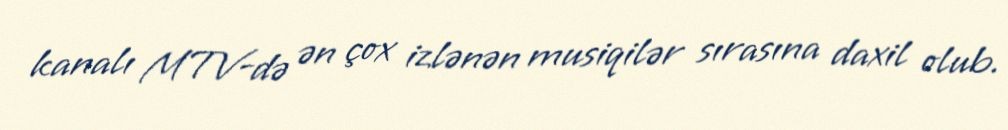
kanalı MTV-də ən çox izlənən musiqilər sırasına daxil olub.